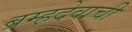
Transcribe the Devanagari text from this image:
ब्रम्हदेवाची